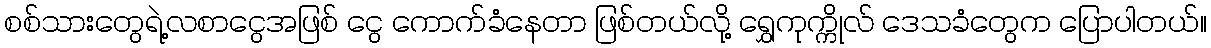
စစ်သားတွေရဲ့လစာငွေအဖြစ် ငွေ ကောက်ခံနေတာ ဖြစ်တယ်လို့ ရွှေကုက္ကိုလ် ဒေသခံတွေက ပြောပါတယ်။